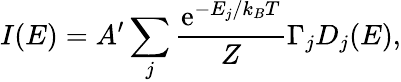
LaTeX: I(E)=A^{\prime}\sum_{j}\frac{\mathrm{e}^{-E_{j}/k_{B}T}}{Z}\Gamma_{j}D_{j}(E),